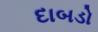
દાબડો